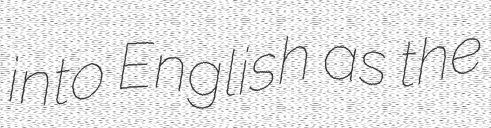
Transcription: into English as the